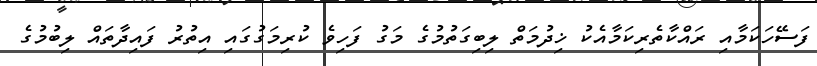
ފަސޭހަކަމާއި ރައްކާތެރިކަމާއެކު ޚިދުމަތް ލިބިގަތުމުގެ މަގު ފަހިވެ ކުރިމަގުގައި އިތުރު ފައިދާތައް ލިބުމުގެ